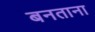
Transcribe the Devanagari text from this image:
बनताना